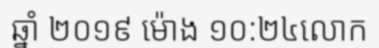
ឆ្នាំ ២០១៩ ម៉ោង ១០:២៤លោក